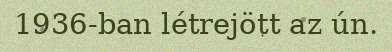
1936-ban létrejött az ún.